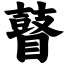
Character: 瞽